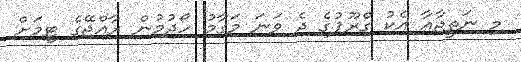
މި ނަތީޖާއާ އެކު ގްރޫޕުގެ ދެ ވަނަ މަގާމު ހޯދުމުން ރާއްޖޭގެ ޓީމަށް